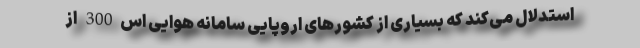
استدلال می‌کند که بسیاری از کشورهای اروپایی سامانه هوایی اس300 از